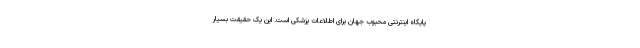
پایگاه اینترنتی محبوب جهان برای اطلاعات پزشکی است. این یک حقیقت بسیار